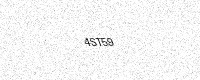
Text: 4ST59